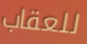
للعقاب